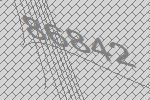
86842